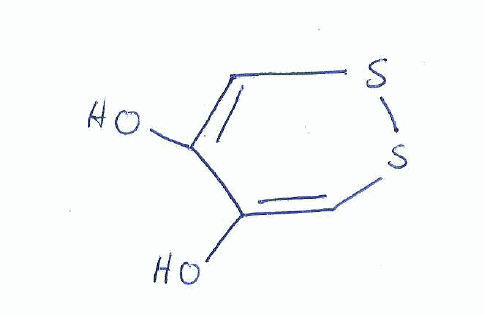
Simplified molecular-input line-entry system (SMILES) notation of the given molecule:
C1=C(C(=CSS1)O)O